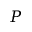
P